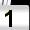
Digit: 1